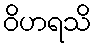
ဝိဟရသိ